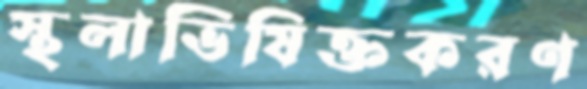
স্থলাভিষিক্তকরণ